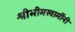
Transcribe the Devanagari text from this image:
श्रीभीमस्वामींनी